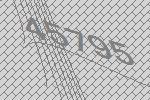
45795